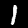
Label: 1